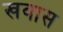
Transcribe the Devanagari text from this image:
खवास